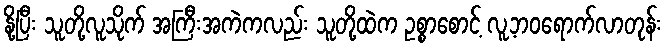
နို့ပြီး သူတို့လူသိုက် အကြီးအကဲကလည်း သူတို့ထဲက ဥစ္စာစောင့် လူ့ဘဝရောက်လာတုန်း